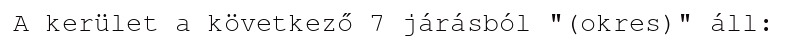
A kerület a következő 7 járásból "(okres)" áll: